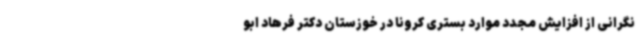
نگرانی از افزایش مجدد موارد بستری کرونا در خوزستان دکتر فرهاد ابو